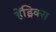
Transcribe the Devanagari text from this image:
हेंड्रिक्‍स